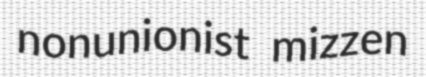
nonunionist mizzen